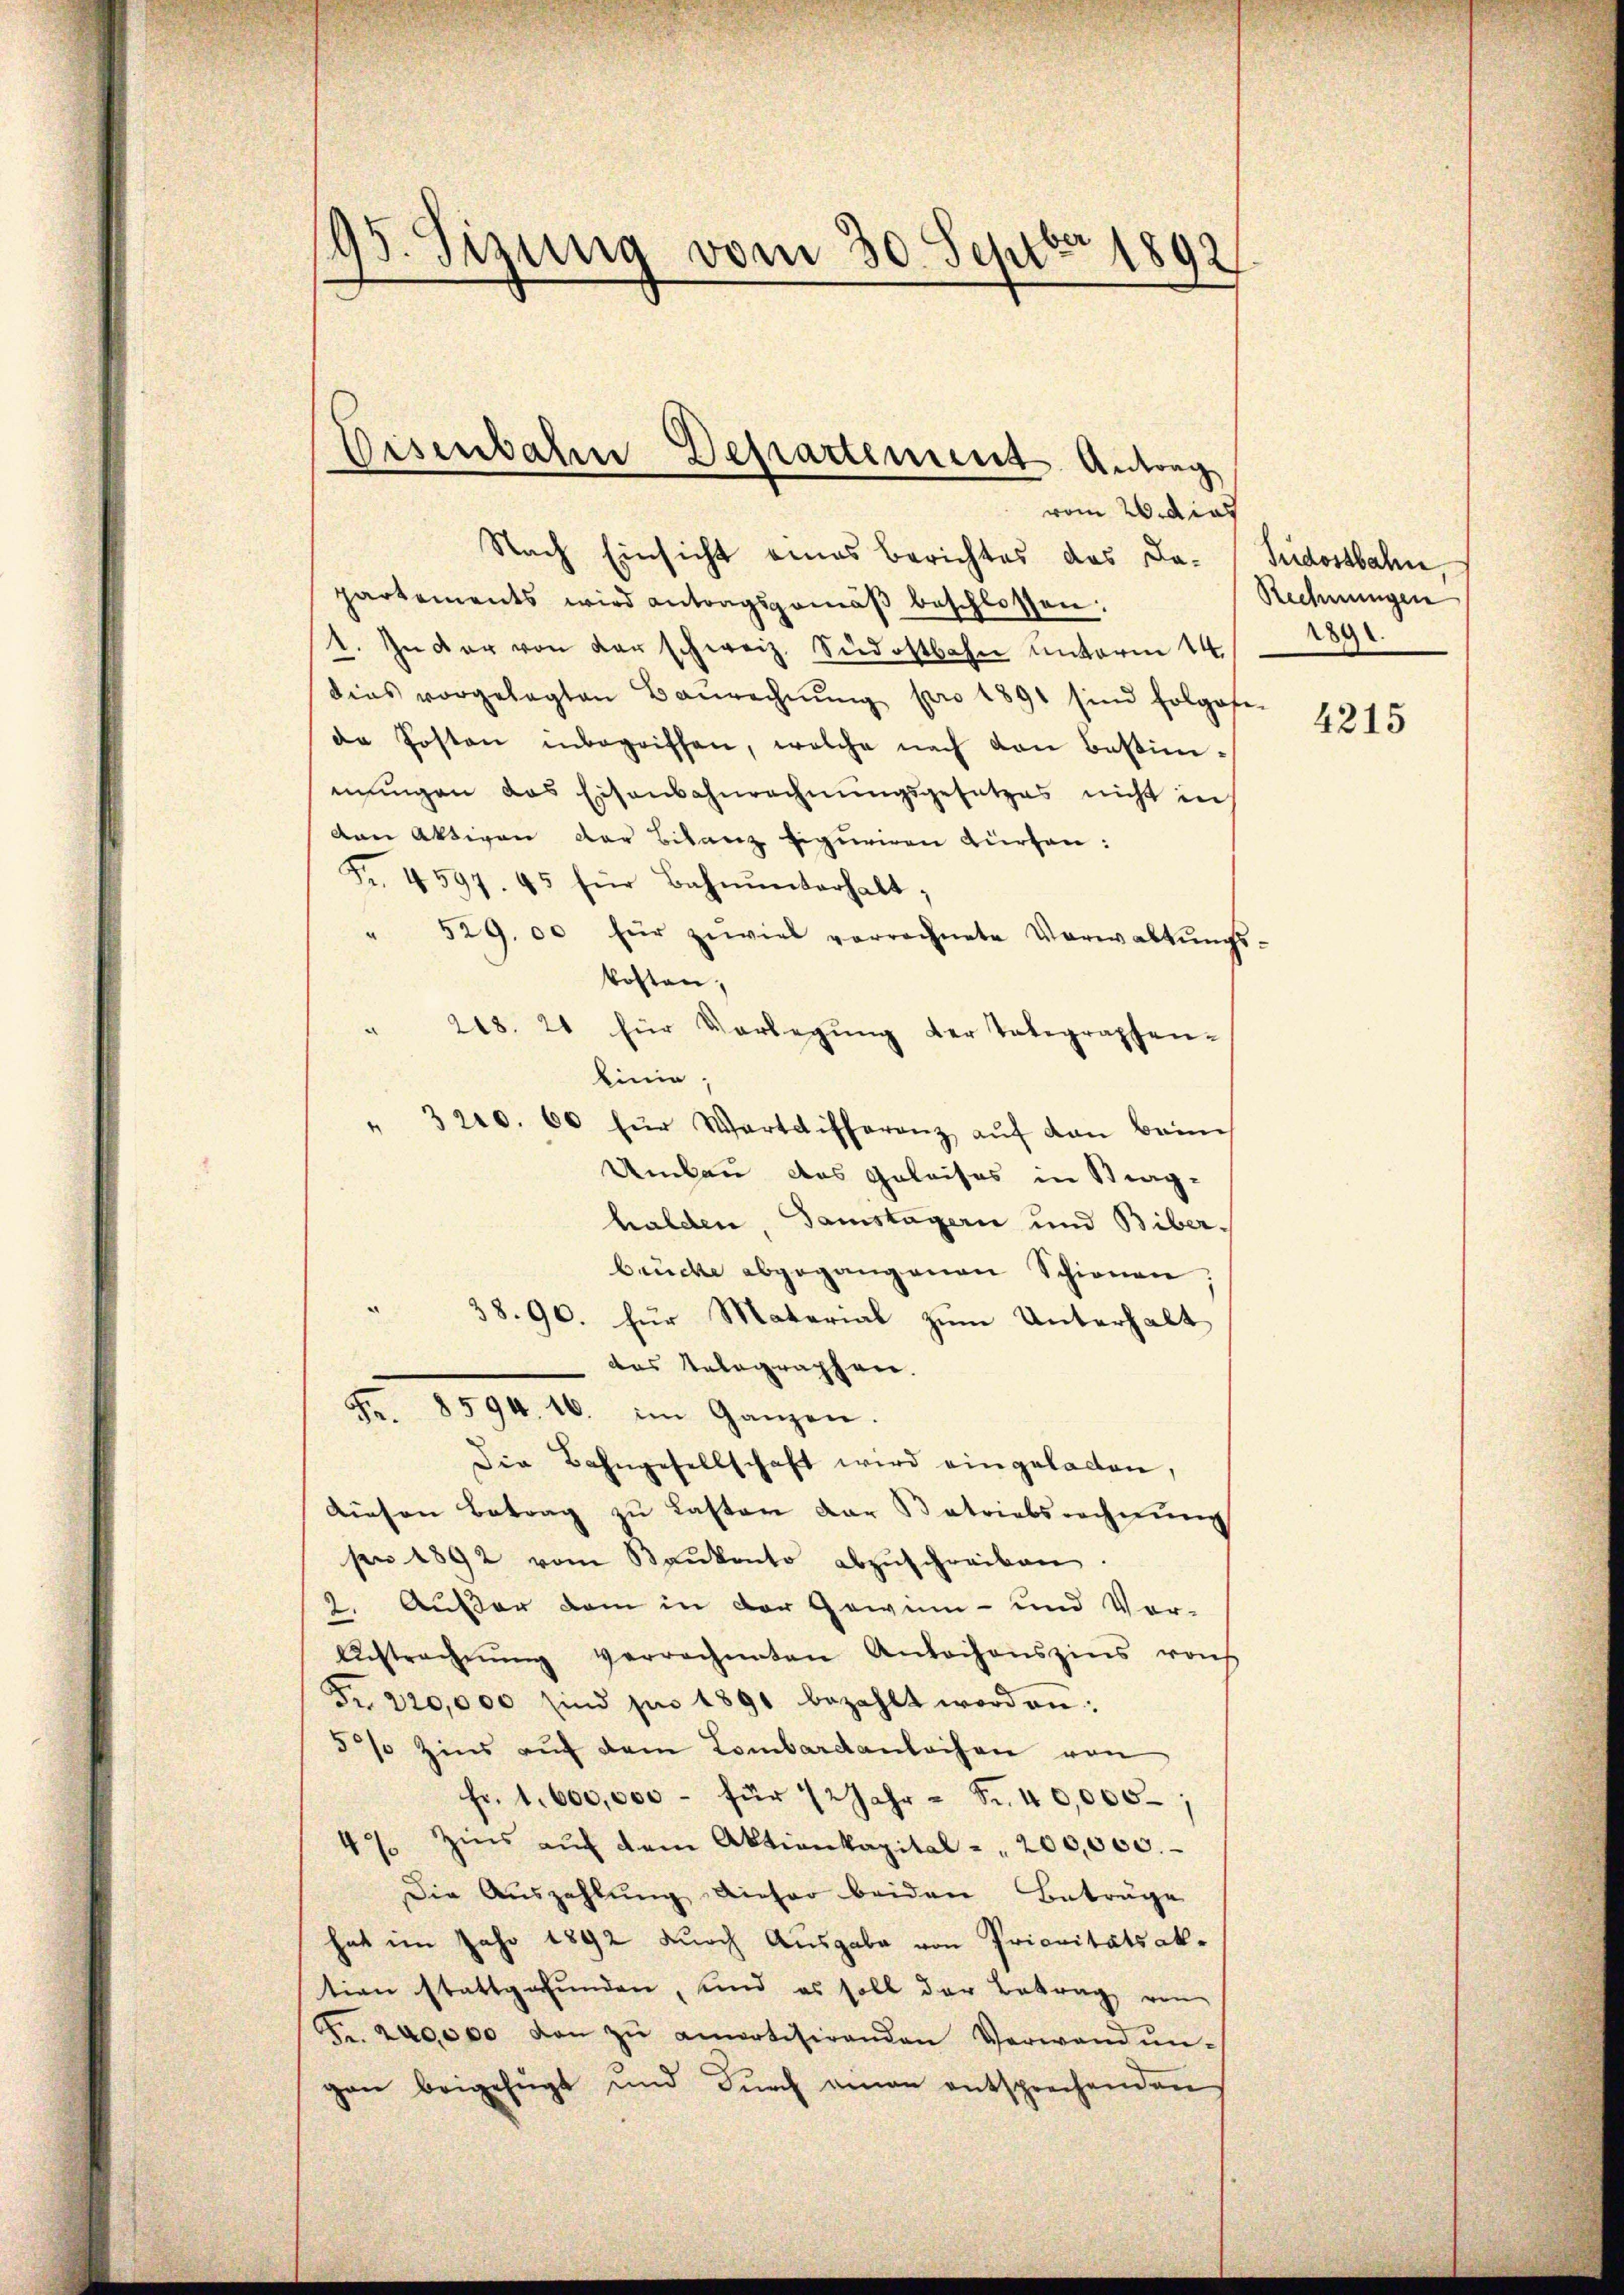
95. Sizung vom 30. Septbr 1892

vom 20. dies
Nach Einsicht eines Berichtes das Da-Sudostbahn
partements wird antragsgemäβ beschlossen:
I. In der von der schweiz. Südostbahn unterm 14.
dies vorgelegten Baurechnŭng pro 1891 sind folgase-
de Posten inbegriffen, welche nach den Bestim-
mungen das Eisenbahnrechnungsgesetzes nicht in
den Aktiven der Bilanz Eigurien dürfen:
Fr. 4597. 45 für Bahnŭnterhalt;
" 529. 00 für zŭviel verrechnete Verwaltŭngs-
kosten;
" 218. 21 für Vorlegung der Tabegraphen-
kinie.
" 3200. 60 für Wartdifferenz aŭf den brin
Umlau das Geleises in Strag-
halden, Gamstagern und Biber-
brücke abgegangenen Schienen,
d
38. 90. für Material zum Unterhalt
das Telegraphen.
Fr. 8594. 16. im Ganzen.
Die Bahngesellschaft wird eingelasten,
diesen Betrag zu Lasten der Betriebsrechnŭng
pr 1892 vom Baukonto abzuschreiben
2. Außer dem in der Gewinn- und Vor-
Bestrechnŭng verrechneten Antochenszins rech
Fr. 220,000 sind im 1891 bezahlt worden:
5% Zins auf dem Lombardanlochen von
fr. 1,600,000 - für 12 Jahr - Fr. 40,000.
4% Zins aŭf dem Aktienkapital - " 200,000.
Die Aŭszahlŭng, dieser beiden Beträge
hat im Jahr 1892 durch Ausgabe von Prioritätsak-
tion stattgefunden, und es soll der Betrag von
Fr. 200,000 von zŭ amortisirenden Verwand ŭn-
gen beigefügt und dŭrch einen entsprechenden

Disenbahn Departement Antrag

Rechnungen
289.

4215